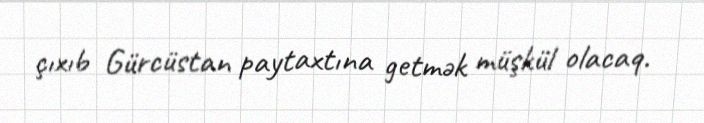
çıxıb Gürcüstan paytaxtına getmək müşkül olacaq.